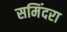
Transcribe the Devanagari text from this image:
समिंदरा